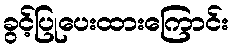
ခွင့်ပြုပေးထားကြောင်း